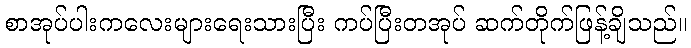
စာအုပ်ပါးကလေးများရေးသားပြီး ကပ်ပြီးတအုပ် ဆက်တိုက်ဖြန့်ချိသည်။